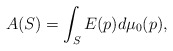
\begin{align*}A(S) = \int_S E(p)d\mu_0(p),\end{align*}